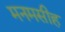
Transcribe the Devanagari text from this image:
मनमसीह